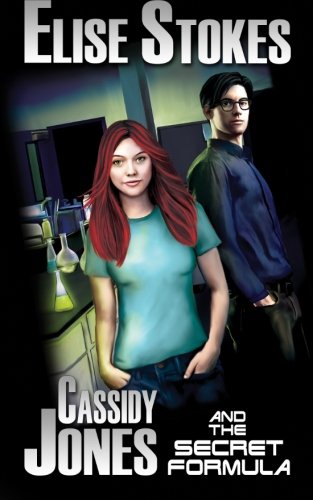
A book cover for Cassidy Jones and the Secret Formula(Cassidy Jones Adventures, Book One); Elise Stokes; Science Fiction & Fantasy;